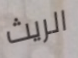
الريث